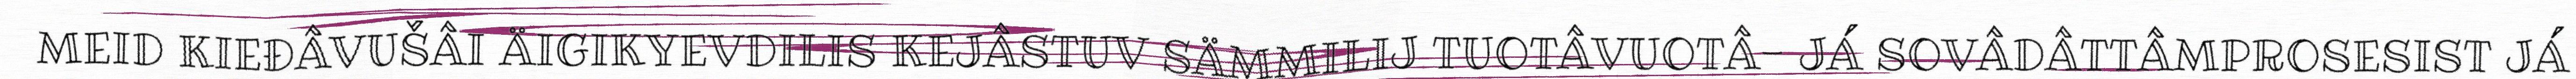
MEID KIEĐÂVUŠÂI ÄIGIKYEVDILIS KEJÂSTUV SÄMMILIJ TUOTÂVUOTÂ- JÁ SOVÂDÂTTÂMPROSESIST JÁ